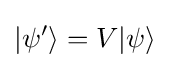
|{\psi '}\rangle =V|{\psi }\rangle